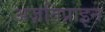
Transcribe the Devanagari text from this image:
अज़तिप्राइन